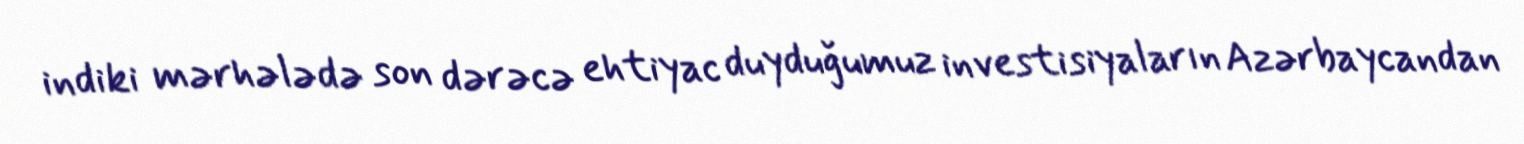
indiki mərhələdə son dərəcə ehtiyac duyduğumuz investisiyaların Azərbaycandan